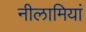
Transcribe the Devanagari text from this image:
नीलामियां